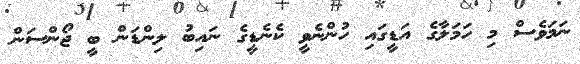
ނަމަވެސް މި ހަމަލާގެ އަޑީގައި ހުންނެވީ ކެނެޑީގެ ނައިބު ލިންޑަން ބީ ޖޯންސަން